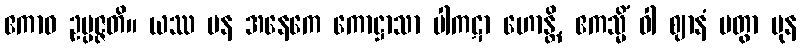
ဧကာဝ ဥပ္ပဇ္ဇတိ။ ယဿ ပန အနေကေ ကောဋ္ဌာသာ ပါကဋာ ဟောန္တိ, ဧကသ္မိံ ဝါ ဈာနံ ပတွာ ပုန